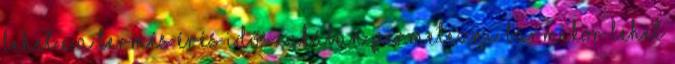
lehet e a termés érés időszakában permetezni. Bármikor lehet